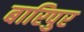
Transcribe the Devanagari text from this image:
बारिपुर